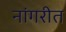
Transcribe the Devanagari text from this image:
नांगरीत